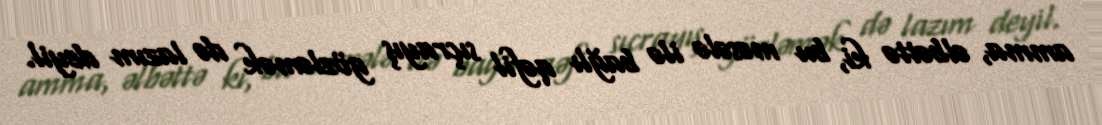
amma, əlbəttə ki, bu məsələ ilə bağlı qəfil sıçrayış gözləmək də lazım deyil.